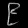
Digit: ၉